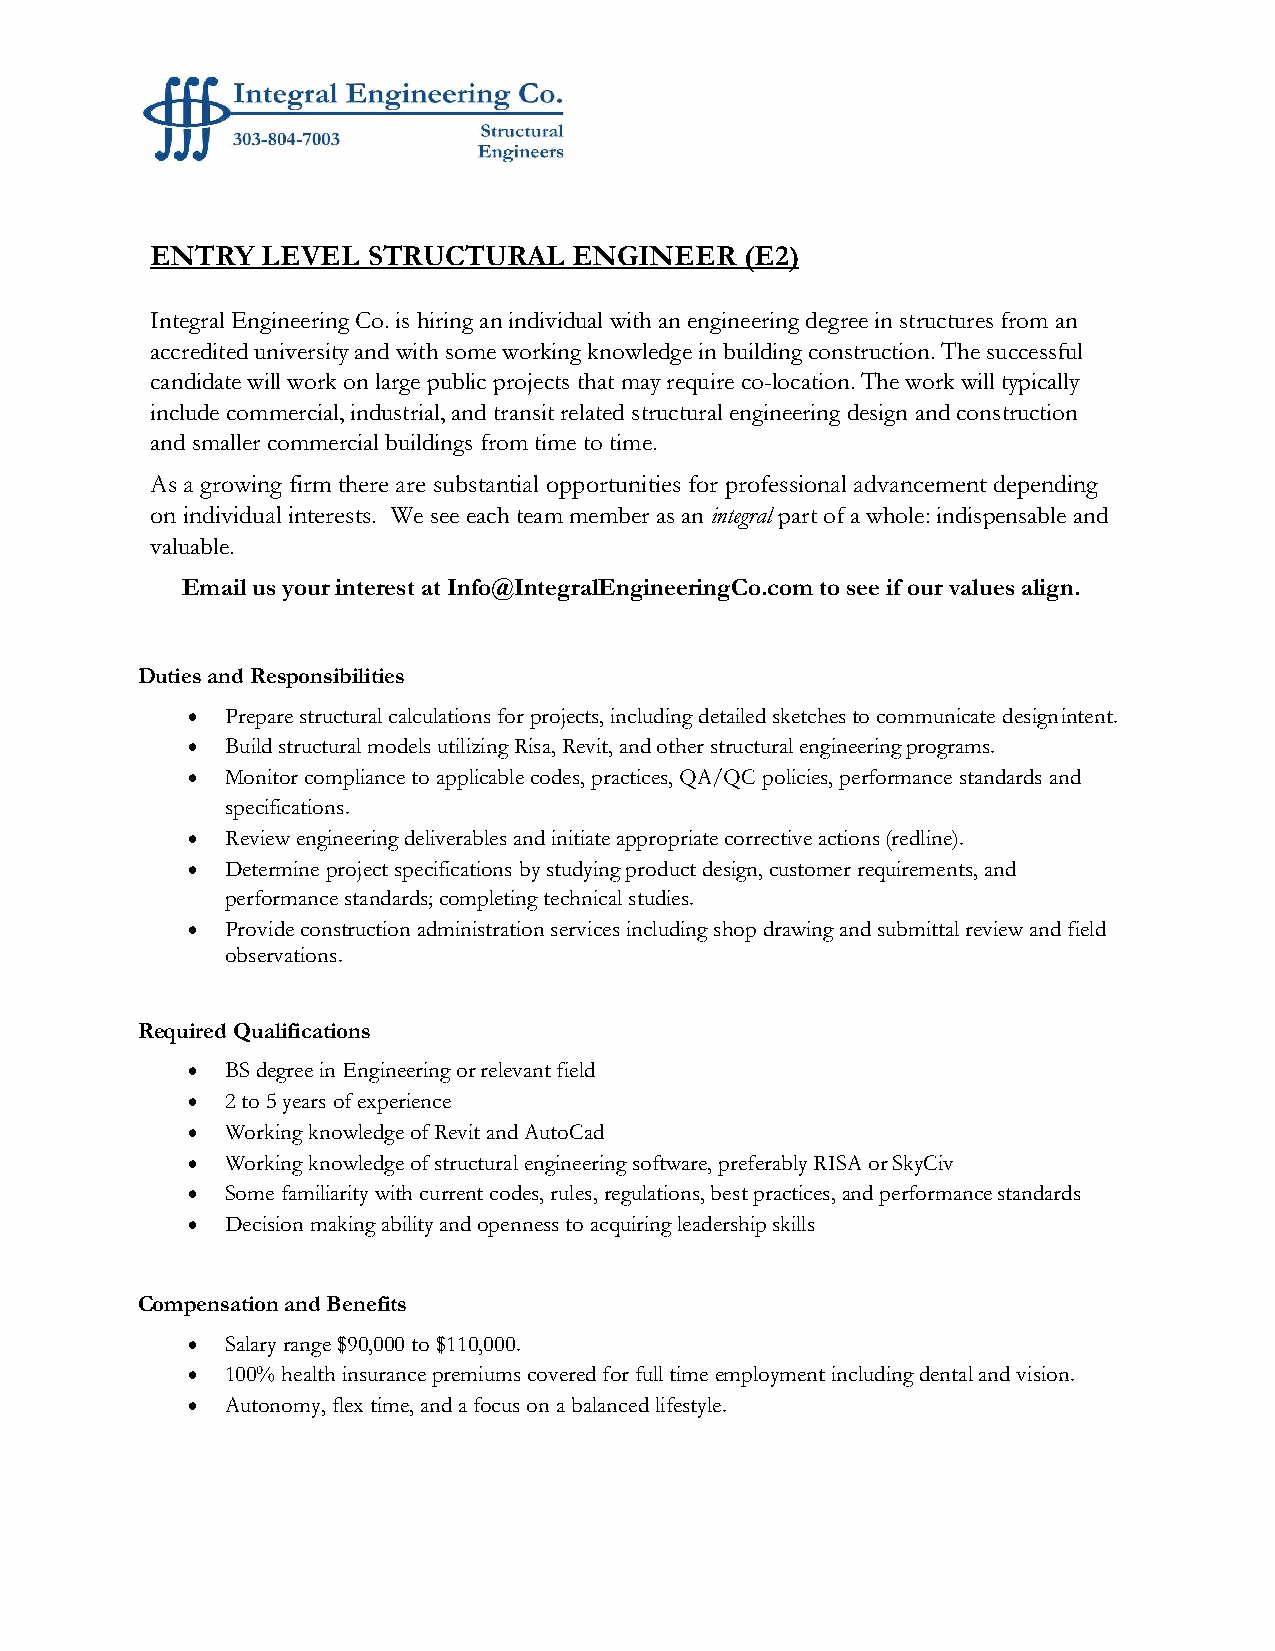
ENTRY  LEVEL  STRUCTURAL    ENGINEER   (E2)
 Integral Engineering Co. is hiring an individual with an engineering degree in structures from an
 accredited university and with some working knowledge in building construction. The successful
 candidate will work on large public projects that may require co-location. The work will typically
 include commercial, industrial, and transit related structural engineering design and construction
 and smaller commercial buildings from time to time.
 As a growing firm there are substantial opportunities for professional advancement depending
 on individual interests. We see each team member as an integral part of a whole: indispensable and
 valuable.
 Email us your interest at Info@IntegralEngineeringCo.com to see if our values align.
 Duties and Responsibilities
 •  Prepare structural calculations for projects, including detailed sketches to communicate design intent.
 •  Build structural models utilizing Risa, Revit, and other structural engineering programs.
 •  Monitor compliance to applicable codes, practices, QA/QC policies, performance standards and
 specifications.
 •  Review engineering deliverables and initiate appropriate corrective actions (redline).
 •  Determine project specifications by studying product design, customer requirements, and
 performance standards; completing technical studies.
 •  Provide construction administration services including shop drawing and submittal review and field
 observations.
 Required Qualifications
 •  BS degree in Engineering or relevant field
 •  2 to 5 years of experience
 •  Working knowledge of Revit and AutoCad
 •  Working knowledge of structural engineering software, preferably RISA or SkyCiv
 •  Some familiarity with current codes, rules, regulations, best practices, and performance standards
 •  Decision making ability and openness to acquiring leadership skills
 Compensation and Benefits
 •  Salary range $90,000 to $110,000.
 •  100% health insurance premiums covered for full time employment including dental and vision.
 •  Autonomy, flex time, and a focus on a balanced lifestyle.